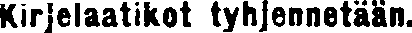
Kirjelaatikot tyhjennetään.